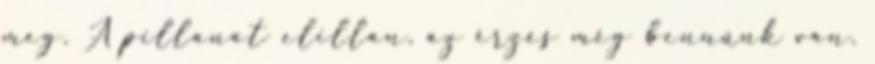
meg. A pillanat elillan, az érzés még bennünk van.